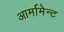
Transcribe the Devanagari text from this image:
आर्मामेन्ट